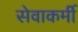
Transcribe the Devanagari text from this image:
सेवाकर्मी